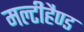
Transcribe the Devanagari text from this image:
मल्टीहैण्ड